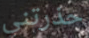
حذرتني